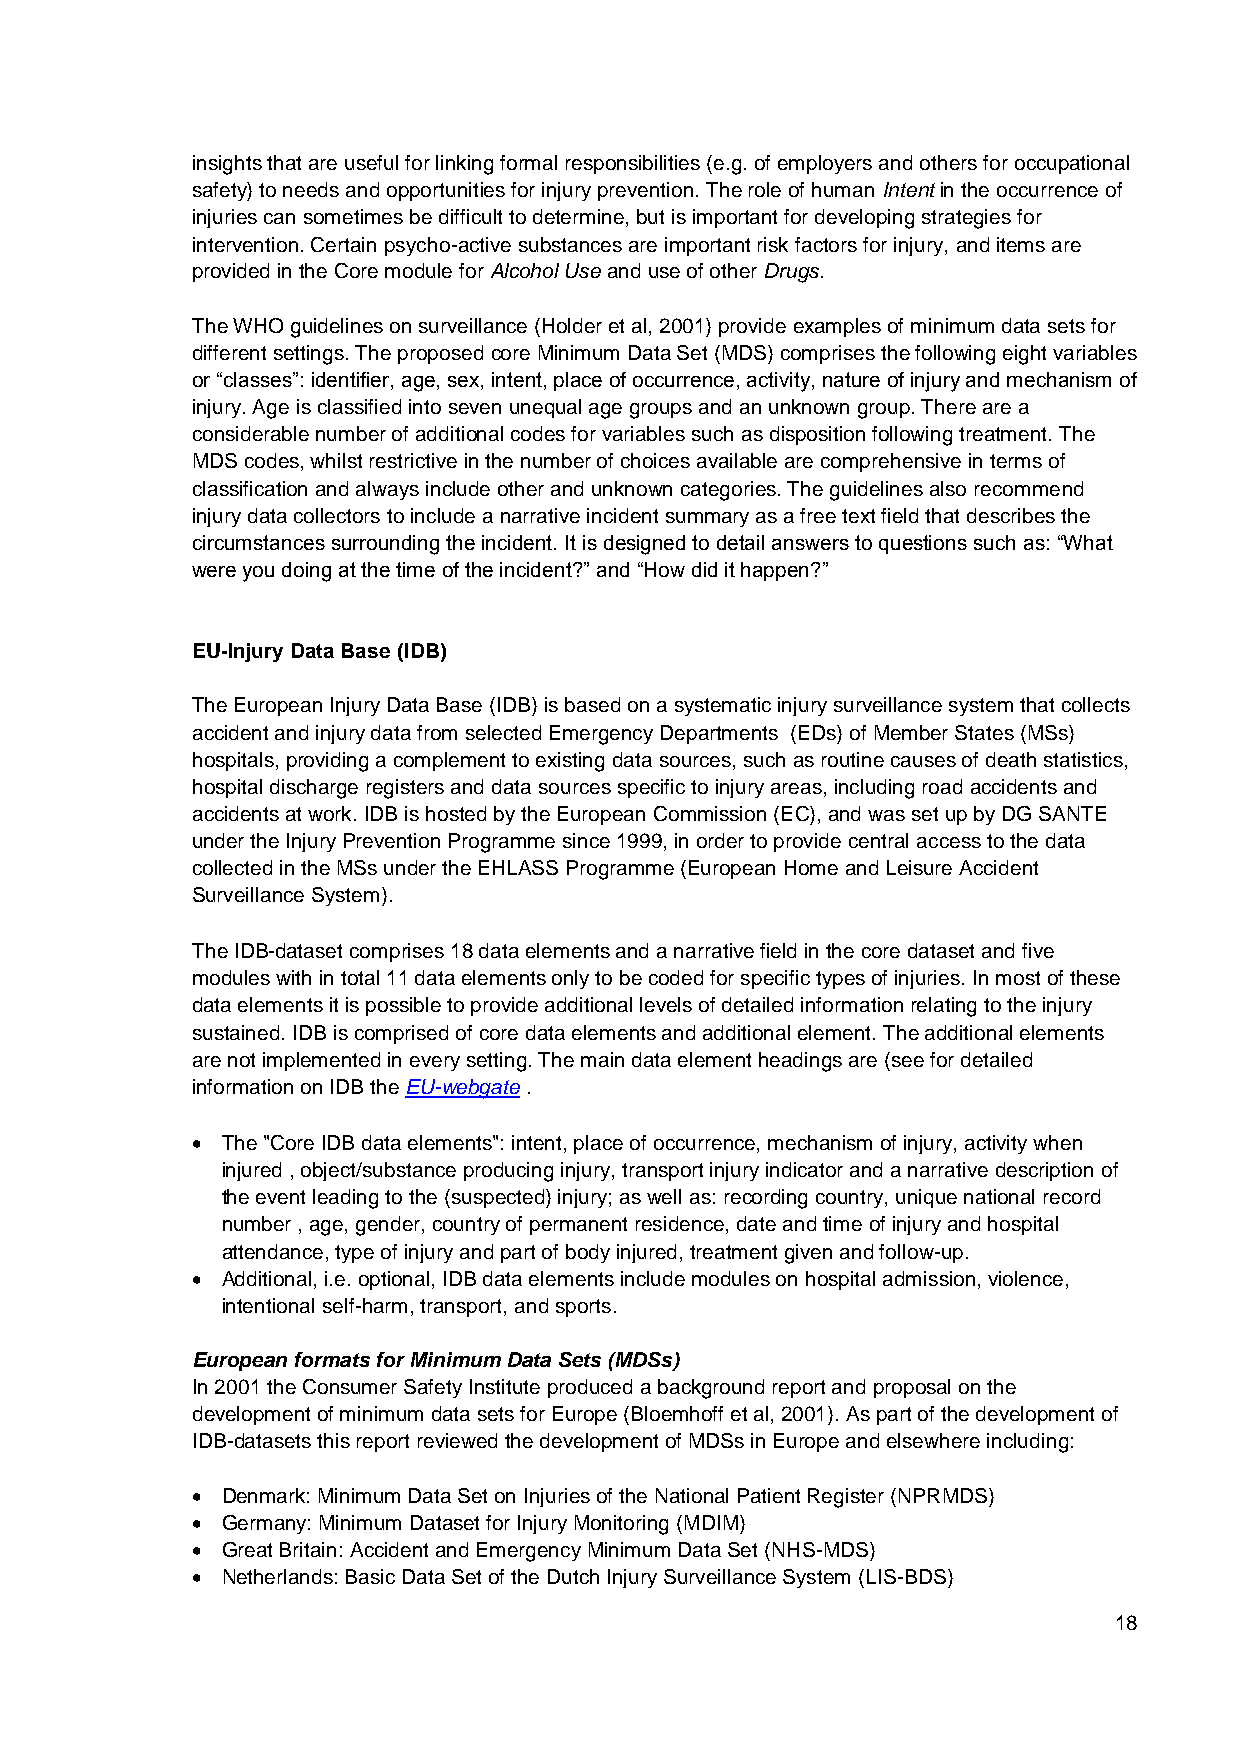
insights that are useful for linking formal responsibilities (e.g. of employers and others for occupational
 safety) to needs and opportunities for injury prevention. The role of human Intent in the occurrence of
 injuries can sometimes be difficult to determine, but is important for developing strategies for
 intervention. Certain psycho-active substances are important risk factors for injury, and items are
 provided in the Core module for Alcohol Use and use of other Drugs.
 The WHO guidelines on surveillance (Holder et al, 2001) provide examples of minimum data sets for
 different settings. The proposed core Minimum Data Set (MDS) comprises the following eight variables
 or “classes”: identifier, age, sex, intent, place of occurrence, activity, nature of injury and mechanism of
 injury. Age is classified into seven unequal age groups and an unknown group. There are a
 considerable number of additional codes for variables such as disposition following treatment. The
 MDS codes, whilst restrictive in the number of choices available are comprehensive in terms of
 classification and always include other and unknown categories. The guidelines also recommend
 injury data collectors to include a narrative incident summary as a free text field that describes the
 circumstances surrounding the incident. It is designed to detail answers to questions such as: “What
 were you doing at the time of the incident?” and “How did it happen?”
 EU-Injury Data Base (IDB)
 The European Injury Data Base (IDB) is based on a systematic injury surveillance system that collects
 accident and injury data from selected Emergency Departments (EDs) of Member States (MSs)
 hospitals, providing a complement to existing data sources, such as routine causes of death statistics,
 hospital discharge registers and data sources specific to injury areas, including road accidents and
 accidents at work. IDB is hosted by the European Commission (EC), and was set up by DG SANTE
 under the Injury Prevention Programme since 1999, in order to provide central access to the data
 collected in the MSs under the EHLASS Programme (European Home and Leisure Accident
 Surveillance System).
 The IDB-dataset comprises 18 data elements and a narrative field in the core dataset and five
 modules with in total 11 data elements only to be coded for specific types of injuries. In most of these
 data elements it is possible to provide additional levels of detailed information relating to the injury
 sustained. IDB is comprised of core data elements and additional element. The additional elements
 are not implemented in every setting. The main data element headings are (see for detailed
 information on IDB the EU-webgate .
  The "Core IDB data elements": intent, place of occurrence, mechanism of injury, activity when
 injured , object/substance producing injury, transport injury indicator and a narrative description of
 the event leading to the (suspected) injury; as well as: recording country, unique national record
 number , age, gender, country of permanent residence, date and time of injury and hospital
 attendance, type of injury and part of body injured, treatment given and follow-up.
  Additional, i.e. optional, IDB data elements include modules on hospital admission, violence,
 intentional self-harm, transport, and sports.
 European formats for Minimum Data Sets (MDSs)
 In 2001 the Consumer Safety Institute produced a background report and proposal on the
 development of minimum data sets for Europe (Bloemhoff et al, 2001). As part of the development of
 IDB-datasets this report reviewed the development of MDSs in Europe and elsewhere including:
  Denmark: Minimum Data Set on Injuries of the National Patient Register (NPRMDS)
  Germany: Minimum Dataset for Injury Monitoring (MDIM)
  Great Britain: Accident and Emergency Minimum Data Set (NHS-MDS)
  Netherlands: Basic Data Set of the Dutch Injury Surveillance System (LIS-BDS)
 18